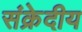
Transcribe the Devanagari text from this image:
संक्रेदीय